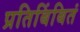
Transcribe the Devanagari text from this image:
प्रतिबिंबितं